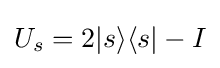
U_{s}=2|s\rangle \langle s|-I